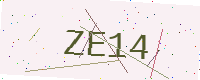
Text: ZE14